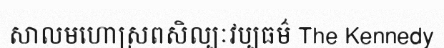
សាលមហោស្រពសិល្បៈវប្បធម៌ The Kennedy